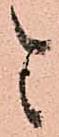
と